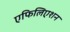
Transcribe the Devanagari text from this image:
एफिलिएशन